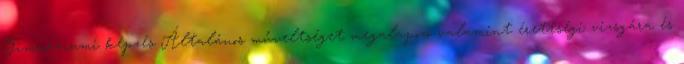
Gimnáziumi képzés Általános műveltséget megalapozó valamint érettségi vizsgára és